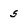
Character: 5